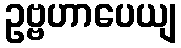
ဥဗ္ဗဟာပေယျ